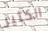
الكثير